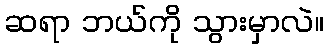
ဆရာ ဘယ်ကို သွားမှာလဲ။